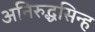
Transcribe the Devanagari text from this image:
अनिरुद्धसिन्ह